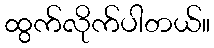
ထွက်လိုက်ပါတယ်။